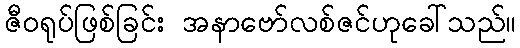
ဇီဝရုပ်ဖြစ်ခြင်း အနာဗော်လစ်ဇင်ဟုခေါ်သည်။